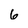
Character: 6